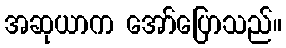
အဆုယာက အော်ပြောသည်။